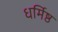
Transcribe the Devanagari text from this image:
धर्मिष्ठ